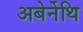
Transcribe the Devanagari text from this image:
अबेर्नेथि